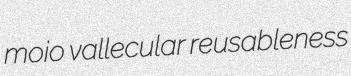
moio vallecular reusableness